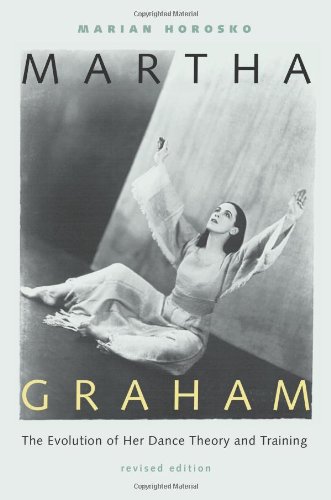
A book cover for Martha Graham: The Evolution of Her Dance Theory and Training; Marian Horosko; Biographies & Memoirs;